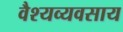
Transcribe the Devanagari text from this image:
वैश्यव्यवसाय